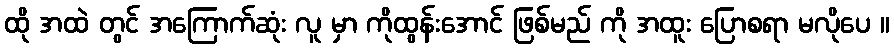
ထို အထဲ တွင် အကြောက်ဆုံး လူ မှာ ကိုထွန်းအောင် ဖြစ်မည် ကို အထူး ပြောစရာ မလိုပေ ။